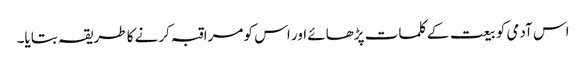
اس آدمی کو بیعت کے کلمات پڑھائے اور اس کو مراقبہ کرنے کا طریقہ بتایا۔